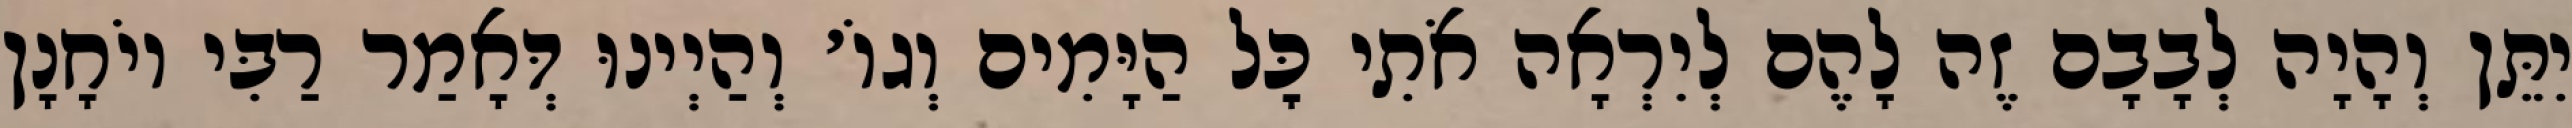
יִתֵּן וְהָיָה לְבָבָם זֶה לָהֶם לְיִרְאָה אֹתִי כׇּל הַיָּמִים וְגוֹ׳ וְהַיְינוּ דְּאָמַר רַבִּי יוֹחָנָן